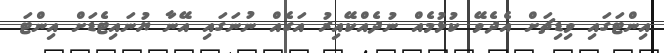
އިންޓަގައި ވިޑިޗަށް އެދެވޭ ކުޅުމެއް ނުދެއްކޭއިރު އަގެއް ނުނަގައި އޭނާ ޔުނައިޓެޑަށް އިންޓަ